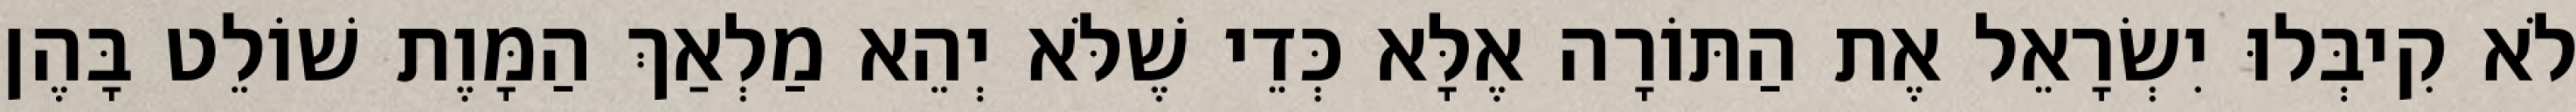
לֹא קִיבְּלוּ יִשְׂרָאֵל אֶת הַתּוֹרָה אֶלָּא כְּדֵי שֶׁלֹּא יְהֵא מַלְאַךְ הַמָּוֶת שׁוֹלֵט בָּהֶן